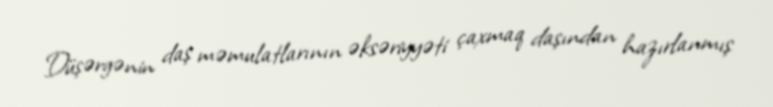
Düşərgənin daş məmulatlarının əksəriyyəti çaxmaq daşından hazırlanmış